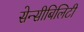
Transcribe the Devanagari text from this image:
सेन्सीबिलिटी